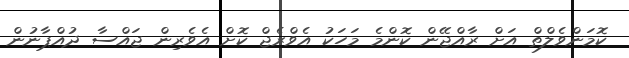
ކޮމަންވެލްތް އަށް ރާއްޖޭން ކޮންމެ މަހަކު އެވްރެޖް ކޮށް އެވެރިން ޖައްސާ ދުއްޕާނުން